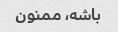
باشه، ممنون